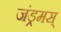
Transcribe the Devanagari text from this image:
जंड्रमस्